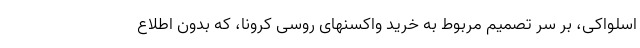
اسلواکی، بر سر تصمیم مربوط به خرید واکسنهای روسی کرونا، که بدون اطلاع